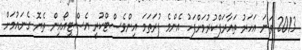
2013 ވަނަ އަހަރު ތައާރަފްކުރުމަށްފަހު އެންމެ ފުރަތަމަ އިންވެސްޓްކުރީ އެސްޓީއޯއިން ތެޔޮ ގެނައުމަށް